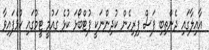
އާއިލާގައި ދެންތިބި ފަސް ފިރިހެން ކުދިންނަކީ ފުޓްބޯޅަ ކުޅެ ގައުމީ ޓީމުގައި ކުޅެފައިވާ